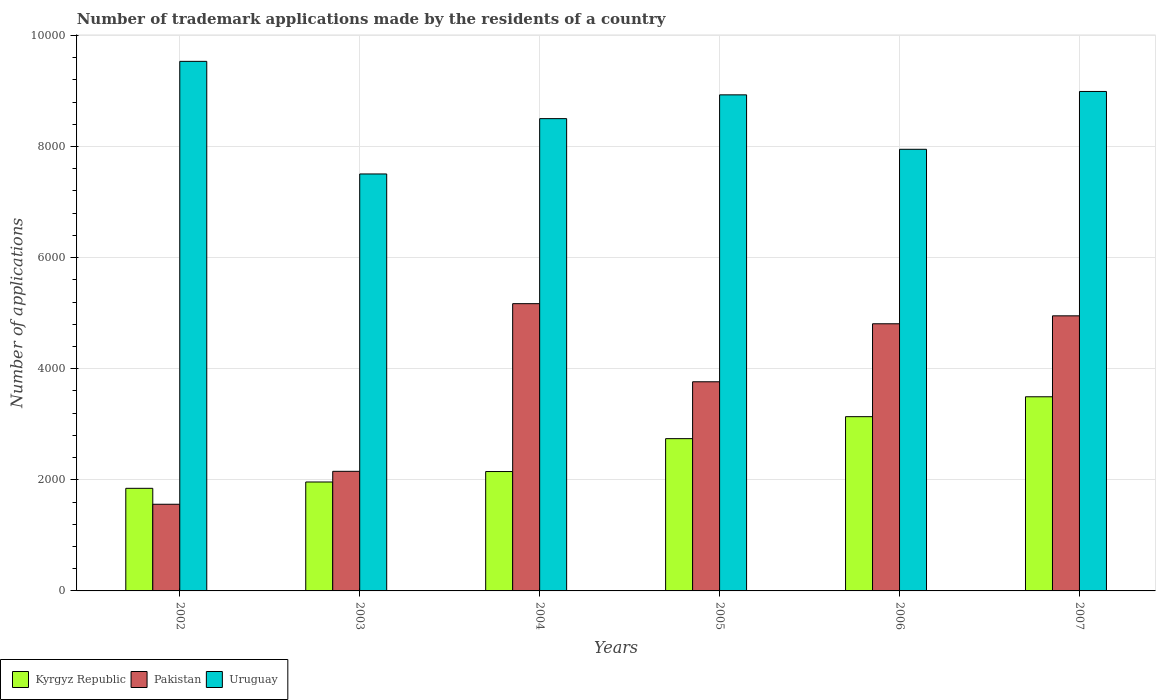
| Years | Kyrgyz Republic | Pakistan | Uruguay |
 | --- | --- | --- | --- |
 | 2002 | 1.85e+03 | 1.56e+03 | 9.53e+03 |
 | 2003 | 1.96e+03 | 2.15e+03 | 7.51e+03 |
 | 2004 | 2.15e+03 | 5.17e+03 | 8.5e+03 |
 | 2005 | 2.74e+03 | 3.76e+03 | 8.93e+03 |
 | 2006 | 3.14e+03 | 4.81e+03 | 7.95e+03 |
 | 2007 | 3.5e+03 | 4.95e+03 | 8.99e+03 |